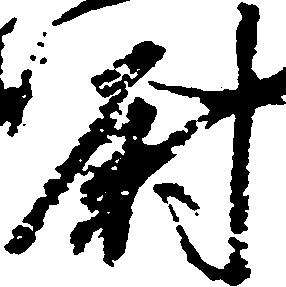
尉